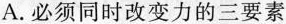
A.必须同时改变力的三要素